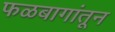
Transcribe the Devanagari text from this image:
फळबागांतून